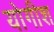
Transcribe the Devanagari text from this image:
योगीश